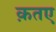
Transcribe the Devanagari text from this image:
क़तए